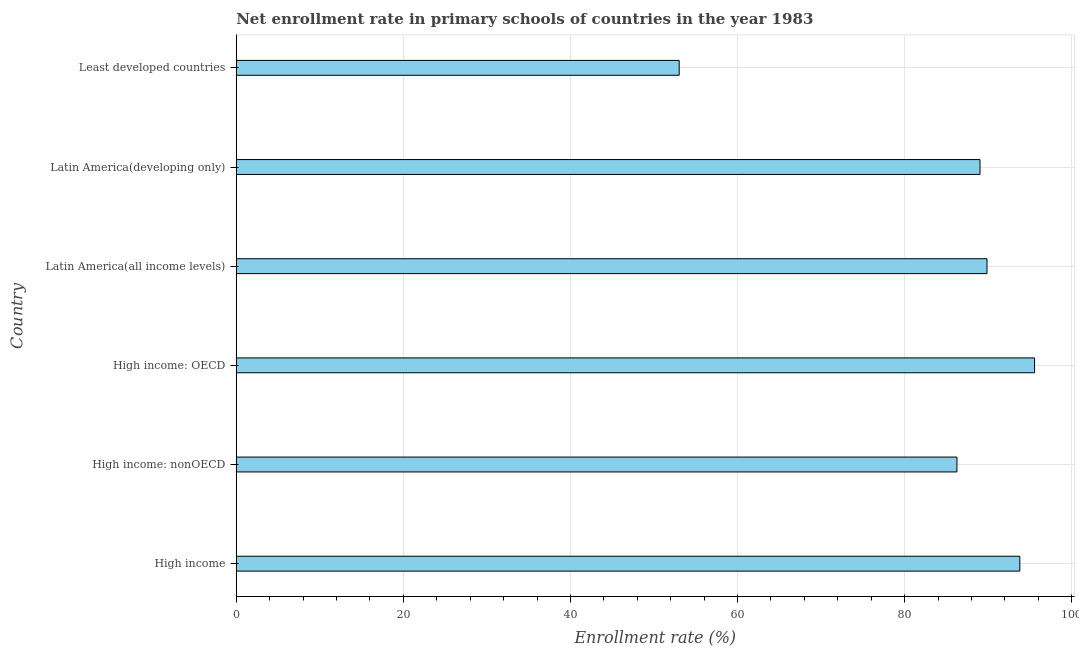
| Country | Adjusted net enrolment rate |
 | --- | --- |
 | High income | 93.8 |
 | High income: nonOECD | 86.3 |
 | High income: OECD | 95.6 |
 | Latin America(all income levels) | 89.9 |
 | Latin America(developing only) | 89 |
 | Least developed countries | 53 |